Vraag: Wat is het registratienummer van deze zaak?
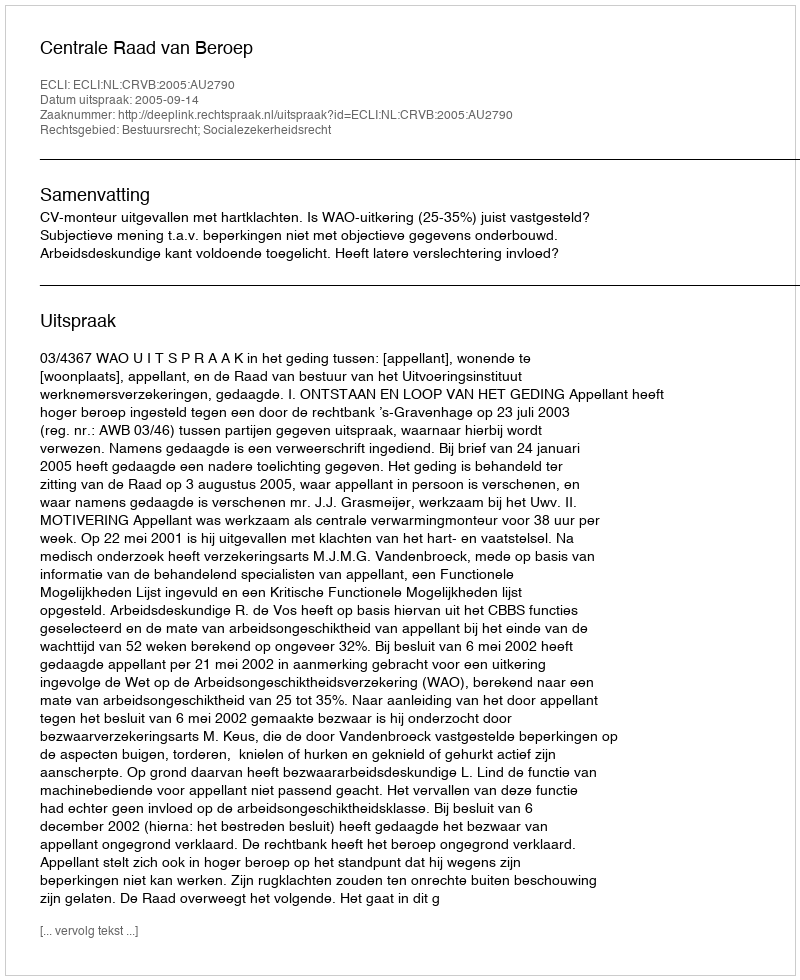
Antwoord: http://deeplink.rechtspraak.nl/uitspraak?id=ECLI:NL:CRVB:2005:AU2790